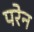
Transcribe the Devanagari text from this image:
परेन